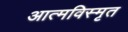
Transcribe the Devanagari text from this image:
आत्‍मविस्‍मृत